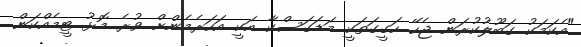
"އެކަމަކު ގަބޫލުކުރަން ޖެހޭ ހަގީގަތަކީ މަޑަގަސްކާ އަކީ އަހަރެމެންށް ވުރެ މޮޅު ޓީމެއްކަން.